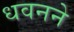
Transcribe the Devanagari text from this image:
धवनने